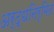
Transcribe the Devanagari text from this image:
अर्द्धनिर्मित